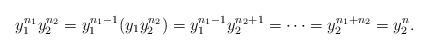
LaTeX: \begin{align*}y_1^{n_1}y_2^{n_2}= y_1^{n_1-1}(y_1y_2^{n_2})= y_1^{n_1-1}y_2^{n_2+1}= \cdots= y_2^{n_1+n_2}= y_2^n. \end{align*}